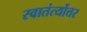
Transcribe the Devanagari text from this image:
स्वातंर्त्योत्तर